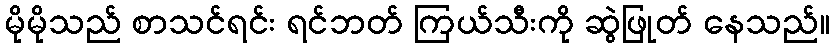
မိုမိုသည် စာသင်ရင်း ရင်ဘတ် ကြယ်သီးကို ဆွဲဖြုတ် နေသည်။